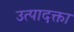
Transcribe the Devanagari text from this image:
उत्पादक्ता